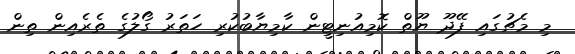
މި މެޗުގައި ފޭދޫ ޔޫތް ކޮމިއުނިޓީން ކާމިޔާބުކުރި ހަތަރު ގޯލުގެ ތެރެއިން ތިން